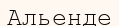
Альенде